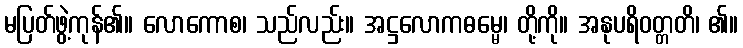
မပြတ်ဖွဲ့ကုန်၏။ လောကောစ၊ သည်လည်း။ အဋ္ဌလောကဓမ္မေ၊ တို့ကို။ အနုပရိဝတ္တတိ၊ ၏။